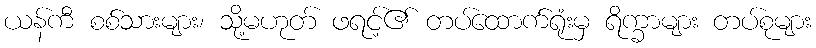
ယန်ကီ စစ်သားများ၊ သို့မဟုတ် ဖရင့်၏ တပ်ထောက်ရုံးမှ ရိက္ခာများ တပ်စုများ